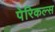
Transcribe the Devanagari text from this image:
पेरिकल्स